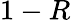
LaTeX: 1-R